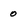
Character: o